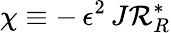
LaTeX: \chi\equiv-\, \epsilon^{2}\, J{\cal R}_{R}^{*}